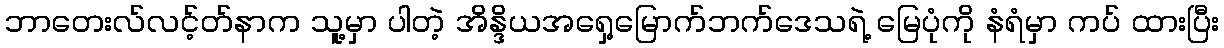
ဘာတေးလ်လင့်တ်နာက သူ့မှာ ပါတဲ့ အိန္ဒိယအရှေ့မြောက်ဘက်ဒေသရဲ့ မြေပုံကို နံရံမှာ ကပ် ထားပြီး